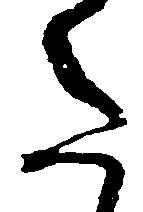
た